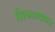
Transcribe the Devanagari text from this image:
विश्वनाथवास